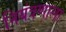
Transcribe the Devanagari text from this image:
नियंत्रणाला